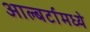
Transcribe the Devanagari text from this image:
आल्बर्टामध्ये